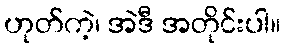
ဟုတ်ကဲ့၊ အဲဒီ အတိုင်းပါ။